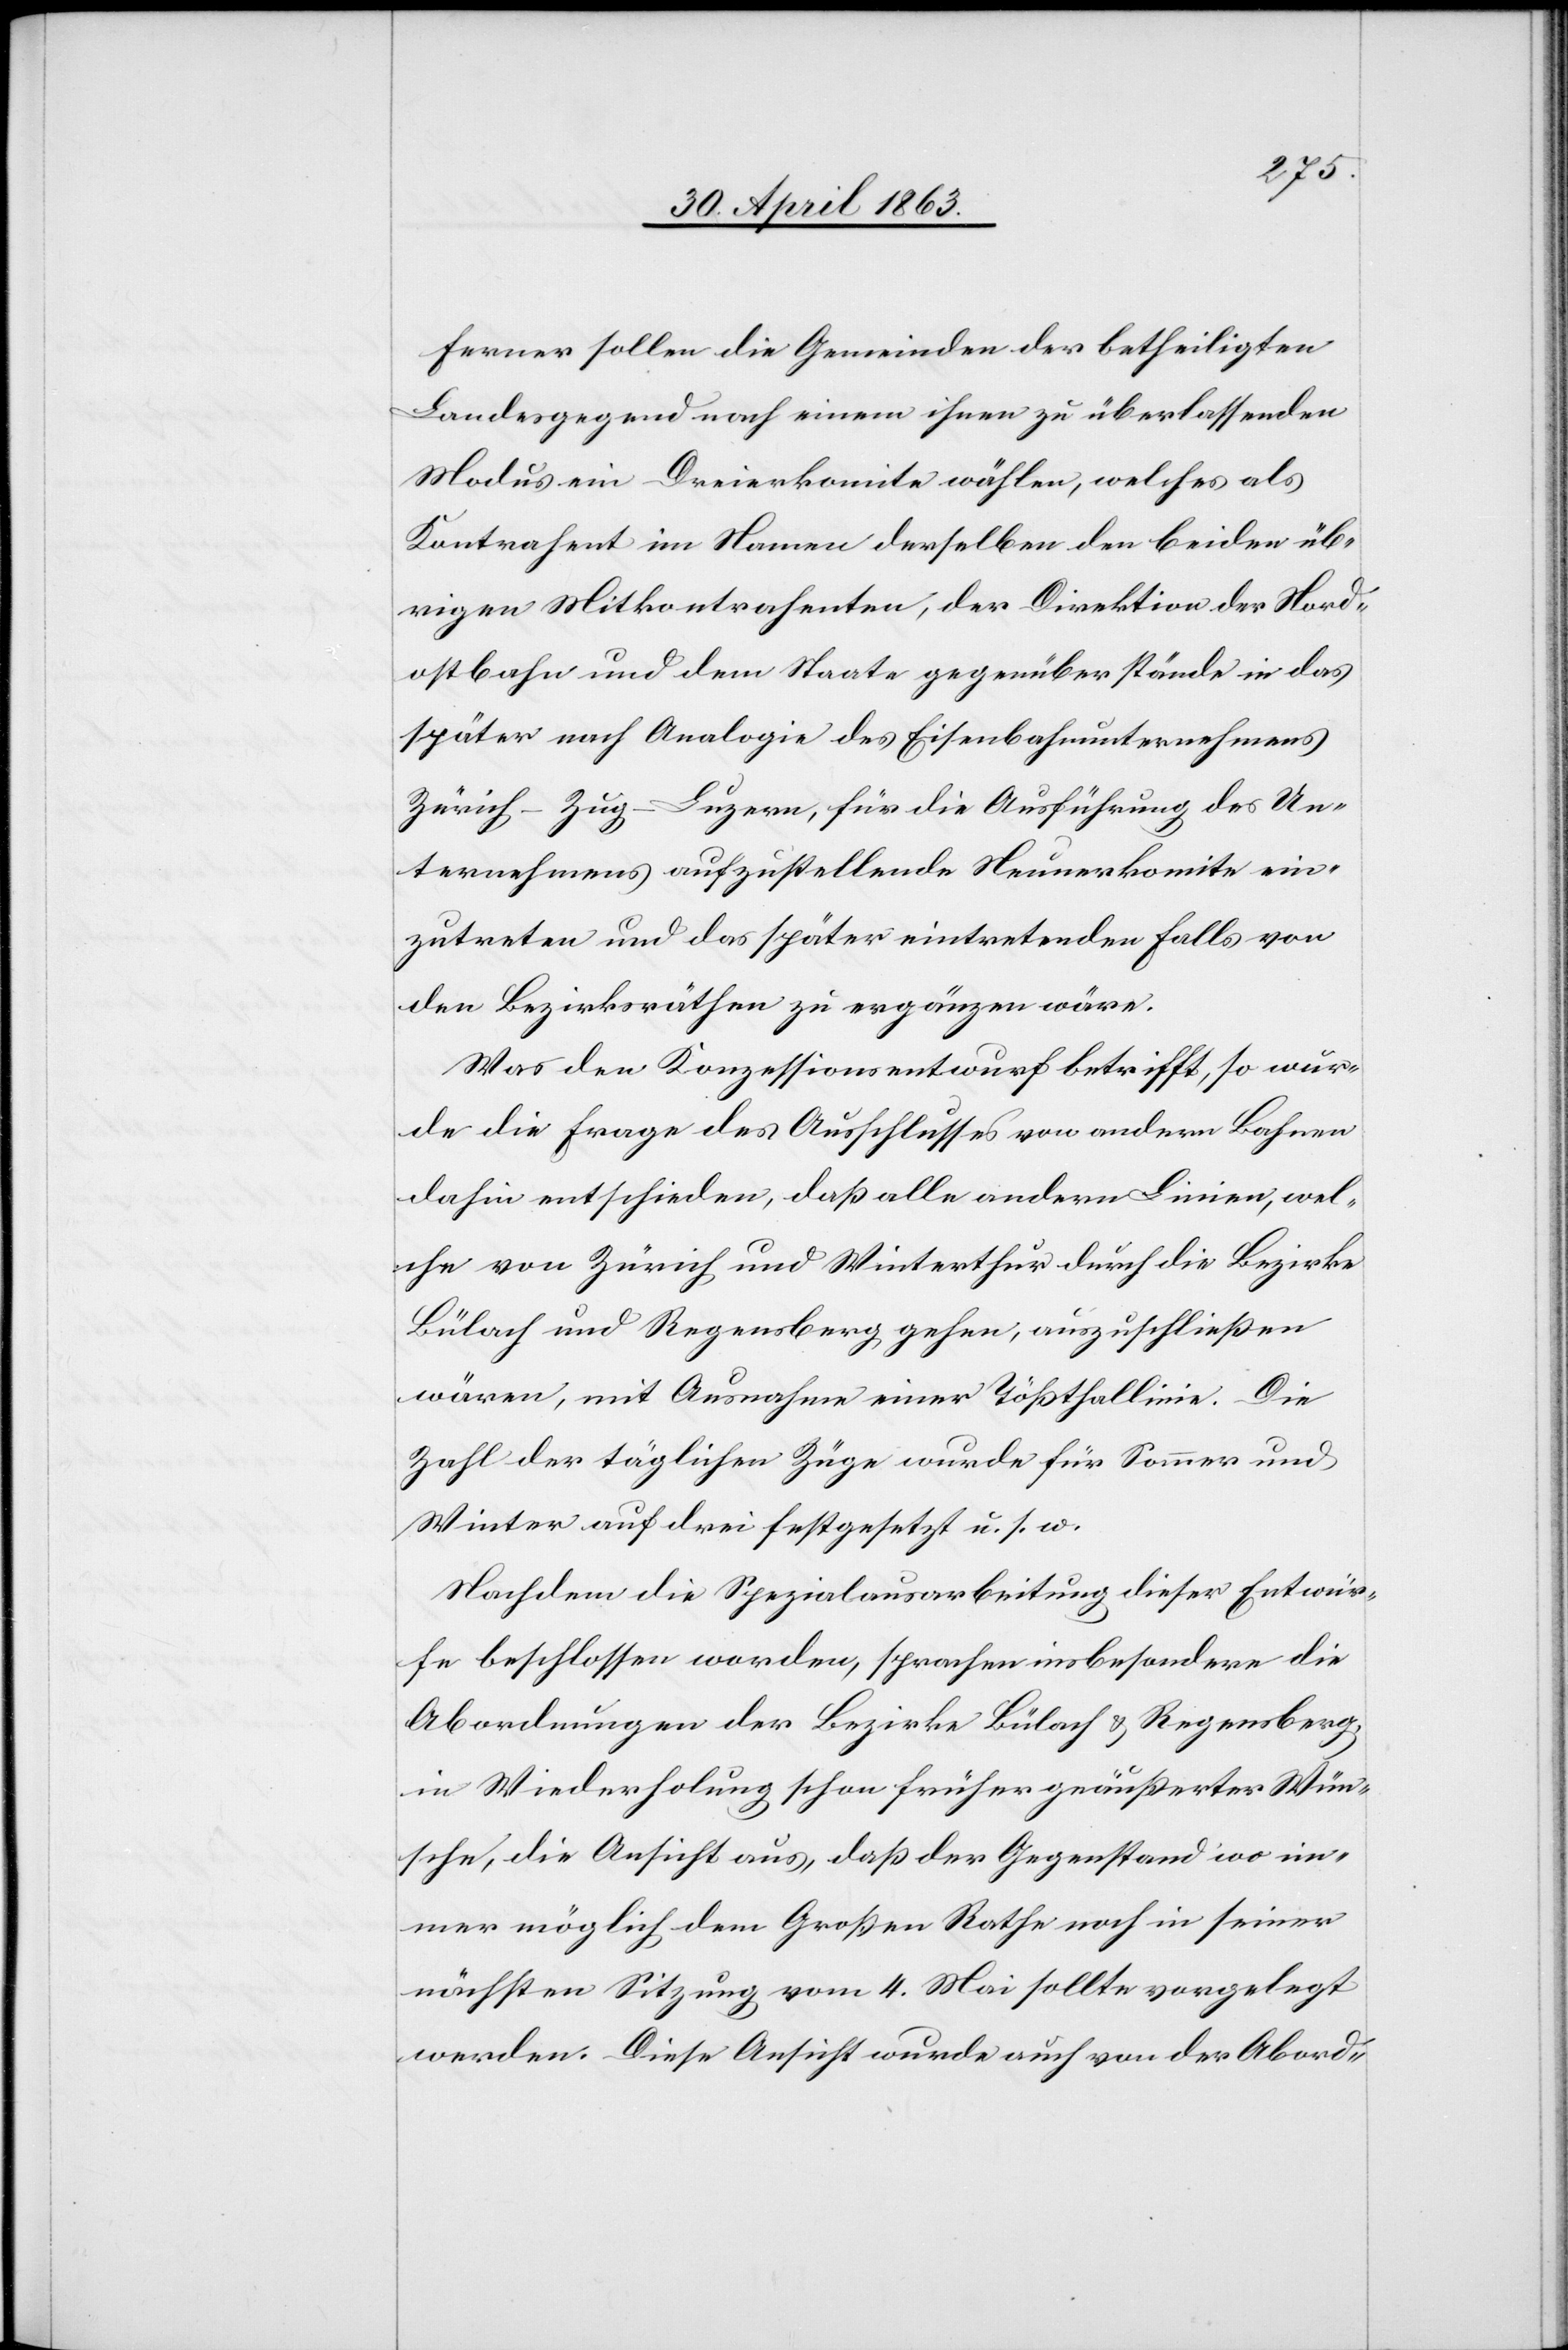
Ferner sollen die Gemeinden der betheiligten
Landesgegend nach einem ihnen zu überlassenden
Modus ein Dreierkomite wählen, welches als
Kontrahent im Namen derselben den beiden üb¬
rigen Mitkontrahenten, der Direktion der Nord¬
ostbahn und dem Staate gegenüber stände in das
später nach Analogie des Eisenbahnunternehmens
Zürich–Zug–Luzern, für die Ausführung des Un¬
ternehmens aufzustellende Neunerkomite ein¬
zutreten und das später eintretenden Falls von
den Bezirksräthen zu ergänzen wäre.
Was den Konzessionsentwurf betrifft, so wur¬
de die Frage des Ausschlusses von andern Bahnen
dahin entschieden, daß alle andern Linien, wel¬
che von Zürich und Winterthur durch die Bezirke
Bülach und Regensberg gehen, auszuschließen
wären, mit Ausnahme einer Tößthallinie. Die
Zahl der täglichen Züge wurde für Sommer und
Winter auf drei festgesetzt u. s. w.
Nachdem die Spezialausarbeitung dieser Entwür¬
fe beschlossen worden, sprachen insbesondere die
Abordnungen der Bezirke Bülach & Regensberg,
in Wiederholung schon früher geäußerter Wün¬
sche, die Ansicht aus, daß der Gegenstand wo im¬
mer möglich dem Großen Rathe noch in seiner
nächsten Sitzung vom 4. Mai sollte vorgelegt
werden. Diese Ansicht wurde auch von der Abord-